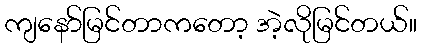
ကျနော်မြင်တာကတော့ အဲ့လိုမြင်တယ်။